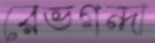
রেভগন্দা